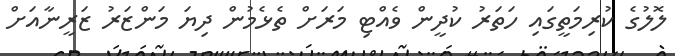
ލޮލުގެ ކުރިމަތީގައި ހަތަރު ކުދީން ވެއްޓި މަރަށް ތެޅެމުން ދިޔަ މަންޒަރު ޒަރީނާއަށް